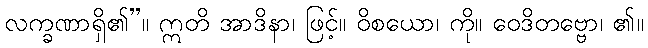
လက္ခဏာရှိ၏”။ ဣတိ အာဒိနာ၊ ဖြင့်။ ဝိစယော၊ ကို။ ဝေဒိတဗ္ဗော၊ ၏။